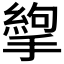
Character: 𢳉